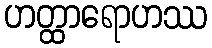
ဟတ္ထာရောဟဿ